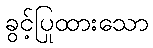
ခွင့်ပြုထားသော